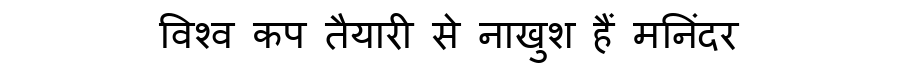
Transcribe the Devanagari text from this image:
विश्व कप तैयारी से नाखुश हैं मनिंदर